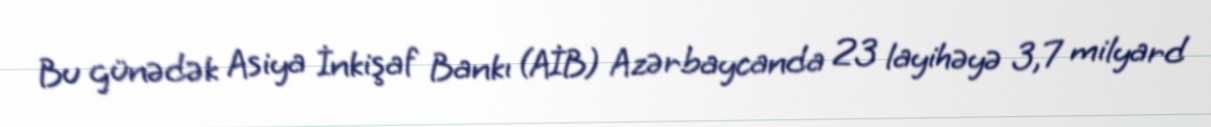
Bu günədək Asiya İnkişaf Bankı (AİB) Azərbaycanda 23 layihəyə 3,7 milyard